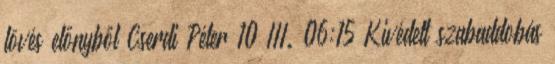
lövés előnyből Cserdi Péter 10 III. 06:15 Kivédett szabaddobás